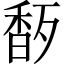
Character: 𬳜